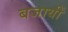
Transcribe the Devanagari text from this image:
बजायीं